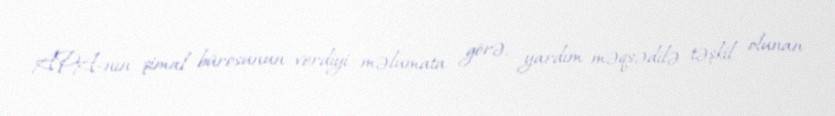
APA-nın şimal bürosunun verdiyi məlumata görə, yardım məqsədilə təşkil olunan